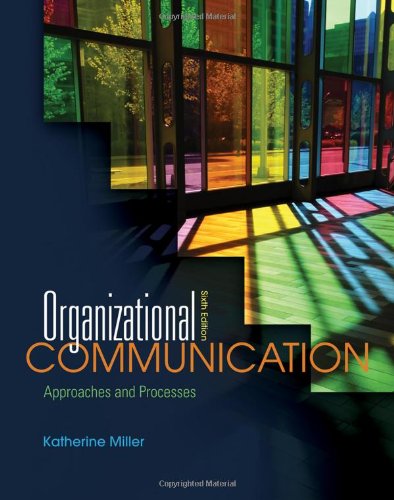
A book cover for Organizational Communication: Approaches and Processes; Katherine Miller; Humor & Entertainment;